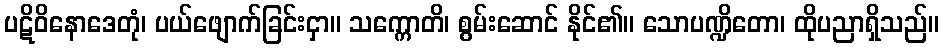
ပဋိဝိနောဒေတုံ၊ ပယ်ဖျောက်ခြင်းငှာ။ သက္ကောတိ၊ စွမ်းဆောင် နိုင်၏။ သောပဏ္ဍိတော၊ ထိုပညာရှိသည်။